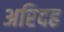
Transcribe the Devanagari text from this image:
अरिदह